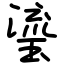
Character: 瑬